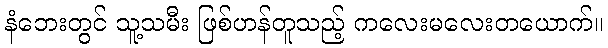
နံဘေးတွင် သူ့သမီး ဖြစ်ဟန်တူသည့် ကလေးမလေးတယောက်။